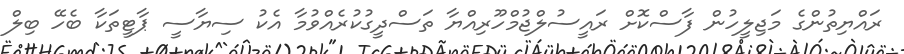
ރައްޔިތުންގެ މަޖިލީހުން ފާސްކޮށް ރައީސުލްޖުމްހޫރިއްޔާ ތަސްދީގުކުރެއްވުމާ އެކު ސިޔާސީ ޕާޓީތަކާ ބެހޭ ބިލް